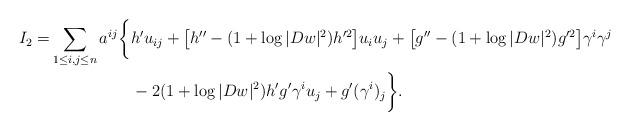
LaTeX: \begin{align*}I_2=&\sum_{1\leq i,j\leq n}a^{ij}\bigg\{h' u_{ij}+\big[h''-(1+\log|Dw|^2)h'^2\big]u_iu_j+\big[g''-(1+\log|Dw|^2)g'^2\big]\gamma^i\gamma^j\\&\qquad\qquad\quad-2(1+\log|Dw|^2)h'g'\gamma^iu_j+g'(\gamma^i)_j\bigg\}.\end{align*}